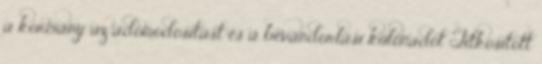
a kormány az adómódosítást és a bevándorlási különadót Titkosított